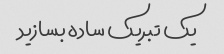
یک تبریک ساده بسازید